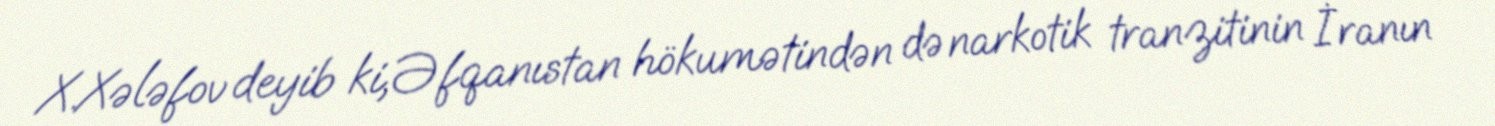
X.Xələfov deyib ki, Əfqanıstan hökumətindən də narkotik tranzitinin İranın